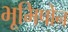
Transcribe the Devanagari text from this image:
भूमिपोन